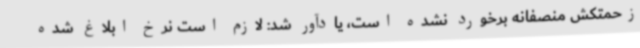
زحمتکش منصفانه برخورد نشده است، یادآور شد: لازم است نرخ ابلاغ شده